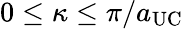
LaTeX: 0\leq\kappa\leq\pi/a_{\mathrm{{UC}}}